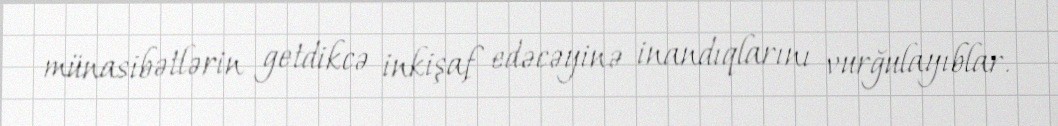
münasibətlərin getdikcə inkişaf edəcəyinə inandıqlarını vurğulayıblar.